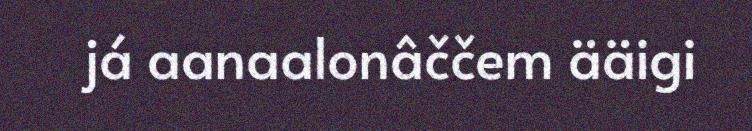
já aanaalonâččem ääigi